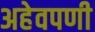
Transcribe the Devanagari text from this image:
अहेवपणी